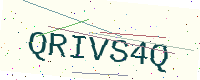
Text: QRIVS4Q